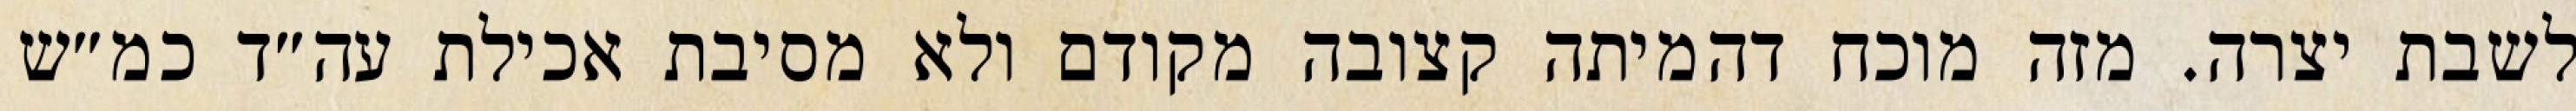
לשבת יצרה. מזה מוכח דהמיתה קצובה מקודם ולא מסיבת אכילת עה״ד כמ״ש